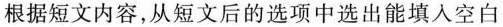
根据短文内容,从短文后的选项中选出能填入空白